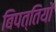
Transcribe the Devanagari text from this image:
बिपत्तियों